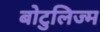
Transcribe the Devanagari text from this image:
बोटुलिज्म